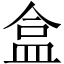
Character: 盒